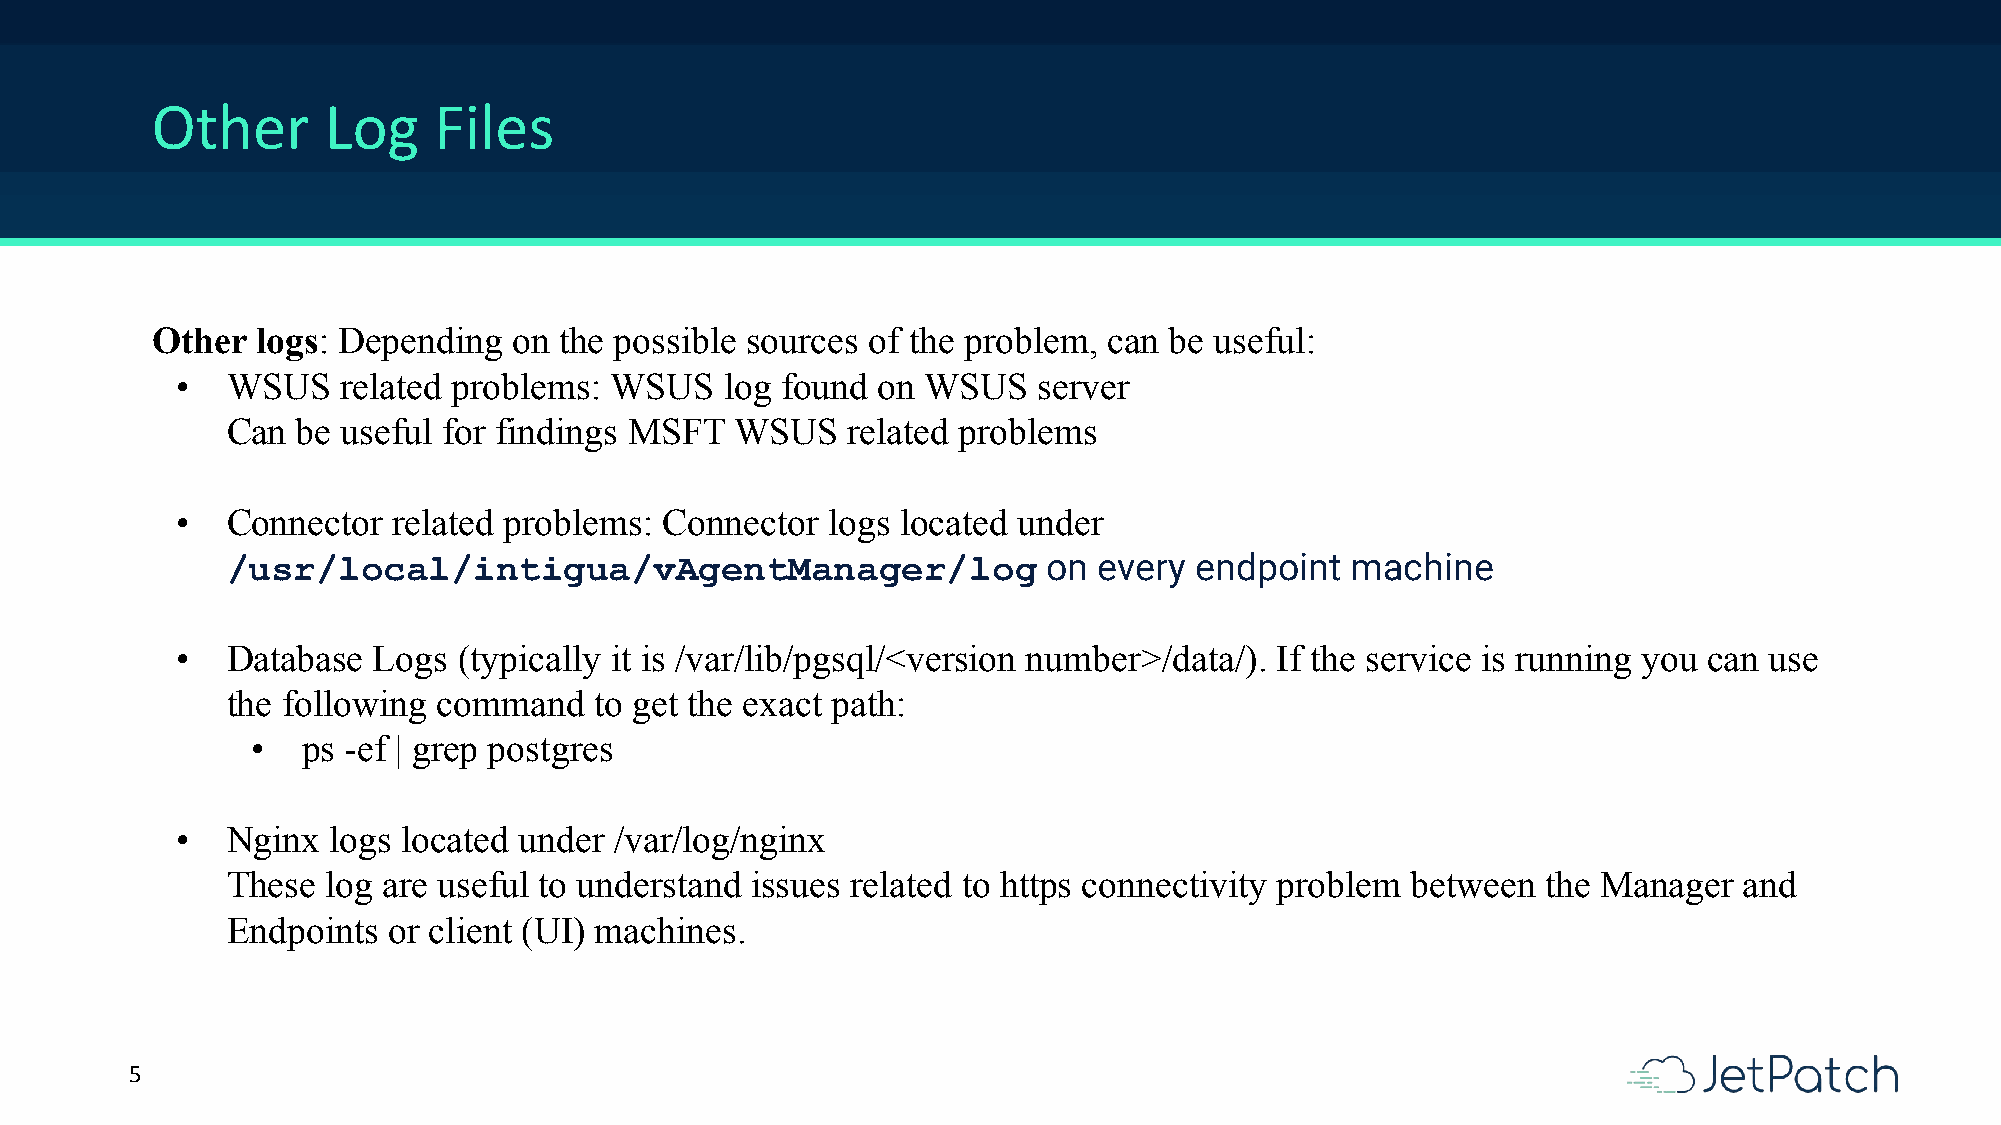
Other      Log     Files
 Other  logs: Depending  on the possible sources of the problem, can be useful:
 •  WSUS    related problems: WSUS   log found on WSUS    server
 Can  be useful for findings MSFT  WSUS   related problems
 •  Connector  related problems: Connector  logs located under
 /usr/local/intigua/vAgentManager/log                  on  every endpoint  machine
 •  Database  Logs (typically it is /var/lib/pgsql/<version number>/data/). If the service is running you can use
 the following command   to get the exact path:
 •  ps -ef | grep postgres
 •  Nginx  logs located under /var/log/nginx
 These  log are useful to understand issues related to https connectivity problem between the Manager and
 Endpoints  or client (UI) machines.
 5